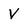
Character: V